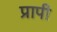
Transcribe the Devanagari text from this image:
प्रापी